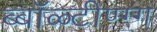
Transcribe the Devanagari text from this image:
ब्बॉळ्टीण्ग्ग